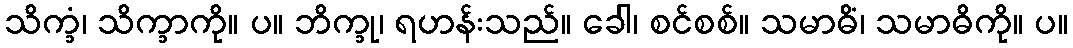
သိက္ခံ၊ သိက္ခာကို။ ပ။ ဘိက္ခု၊ ရဟန်းသည်။ ခေါ၊ စင်စစ်။ သမာဓိံ၊ သမာဓိကို။ ပ။